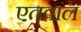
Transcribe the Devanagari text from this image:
एतवाल